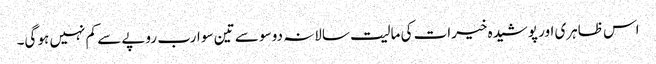
اس ظاہری اور پوشیدہ خیرات کی مالیت سالانہ دو سو سے تین سو ارب روپے سے کم نہیں ہو گی۔